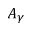
A _ { \gamma }